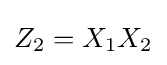
Z_{2}=X_{1}X_{2}